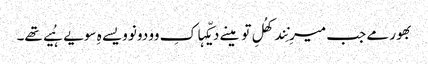
بھور مے جب میرِ نِند کھُلِ تو مینے دیکّہا کِ وو دونو ویسے ہِ سویے ہُیے تھے۔